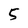
Character: 5